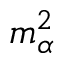
m _ { \alpha } ^ { 2 }